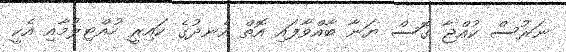
ނަރުސް ކުއްޖާ ގޮސް ޔަނާ ބާއްވާފައި އޮތް އެނދުގެ ކައިރީ ހުއްޓިލުމާއި އެކީ